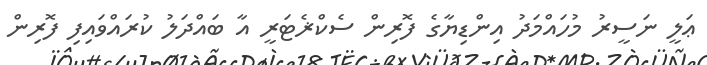
ޢަލީ ނަސީރު މުހައްމަދު އިންޑިޔާގެ ފޮރިން ސެކްޜެޓަރީ އާ ބައްދަލު ކުރައްވައިފި ފޮރިން